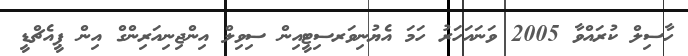
ހާސިލް ކުރައްވާ 2005 ވަނައަހަރު ހަމަ އެޔުނިވަރސިޓީއިން ސިވިލް އިންޖިނިއަރިންގް އިން ޕީއެޗްޑީ